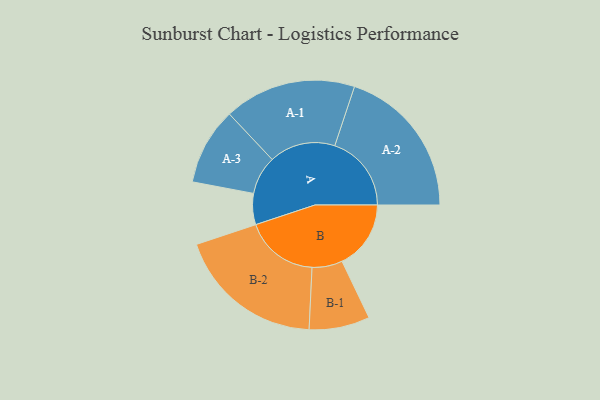
{"axis": {"x": "Segment", "y": "Value"}, "legend": ["", "A", "B"], "data": [{"x": "A", "y": 121, "type": ""}, {"x": "B", "y": 268, "type": ""}, {"x": "A-1", "y": 257, "type": "A"}, {"x": "A-2", "y": 298, "type": "A"}, {"x": "A-3", "y": 150, "type": "A"}, {"x": "B-1", "y": 118, "type": "B"}, {"x": "B-2", "y": 287, "type": "B"}]}